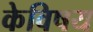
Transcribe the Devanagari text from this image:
केविषय